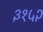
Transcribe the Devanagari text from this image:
३१५२